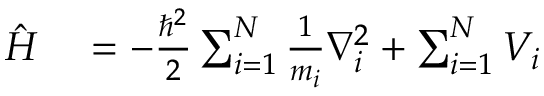
\begin{array} { r l } { { \hat { H } } } & { { } = - { \frac { \hbar ^ { 2 } } { 2 } } \sum _ { i = 1 } ^ { N } { \frac { 1 } { m _ { i } } } \nabla _ { i } ^ { 2 } + \sum _ { i = 1 } ^ { N } V _ { i } } \end{array}